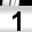
Digit: 1